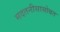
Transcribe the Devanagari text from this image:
मदतनीसासोबत